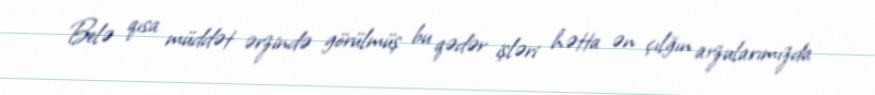
Belə qısa müddət ərzində görülmüş bu qədər işləri hətta ən çılğın arzularımızda